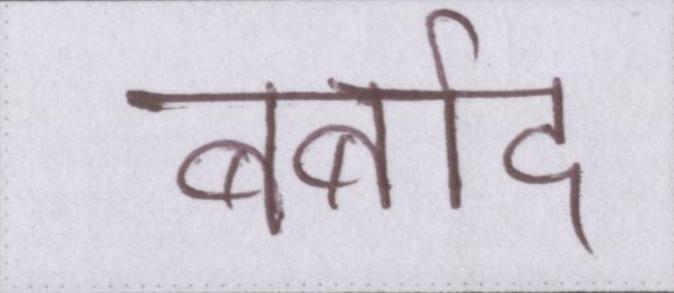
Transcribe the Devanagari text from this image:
बर्बाद